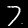
Digit: 7